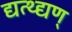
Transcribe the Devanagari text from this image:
द्यत्थ्द्यण्